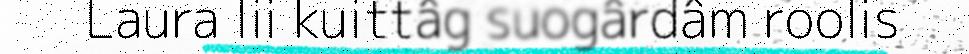
Laura lii kuittâg suogârdâm roolis